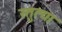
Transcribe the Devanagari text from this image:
स्तुत्या